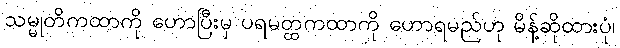
သမ္မုတိကထာကို ဟောပြီးမှ ပရမတ္ထကထာကို ဟောရမည်ဟု မိန့်ဆိုထားပုံ၊